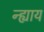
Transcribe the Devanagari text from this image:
न्ह्याय